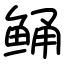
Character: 鲬